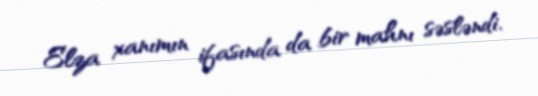
Elza xanımın ifasında da bir mahnı səsləndi.